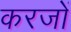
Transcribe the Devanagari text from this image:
करजों